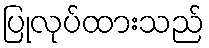
ပြုလုပ်ထားသည်